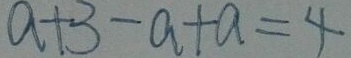
a + 3 - a + a = 4